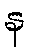
န